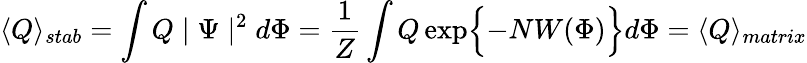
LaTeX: \langle Q\rangle_{stab}=\int Q\mid\Psi\mid^{2}d\Phi=\frac{1}{Z}\int Q\exp\Bigl\{ -NW(\Phi)\Bigr\} d\Phi=\langle Q\rangle_{matrix}